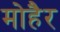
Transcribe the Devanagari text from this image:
मोहैर